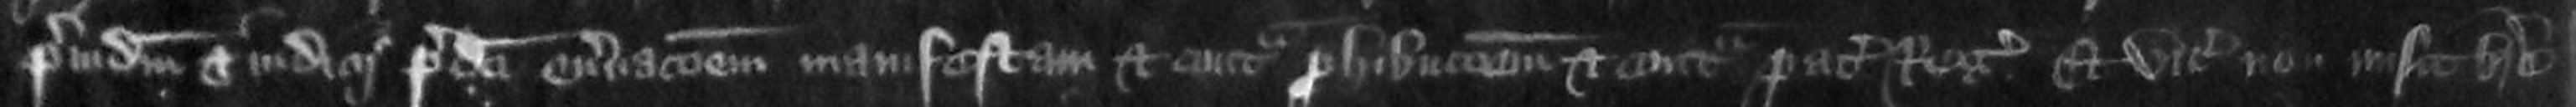
preiudicium et iudicii predicti enervationem manifestam et contra prohibtionem et contra pacem Regis Et vicecomes non misit breve